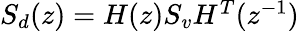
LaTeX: \begin{array}{r}{S_{d}(z)=H(z)S_{v}H^{T}(z^{-1})}\end{array}